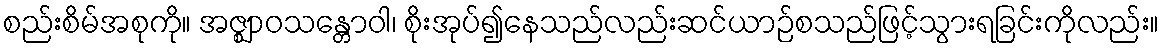
စည်းစိမ်အစုကို။ အဇ္ဈာဝသန္တောဝါ၊ စိုးအုပ်၍နေသည်လည်းဆင်ယာဉ်စသည်ဖြင့်သွားရခြင်းကိုလည်း။